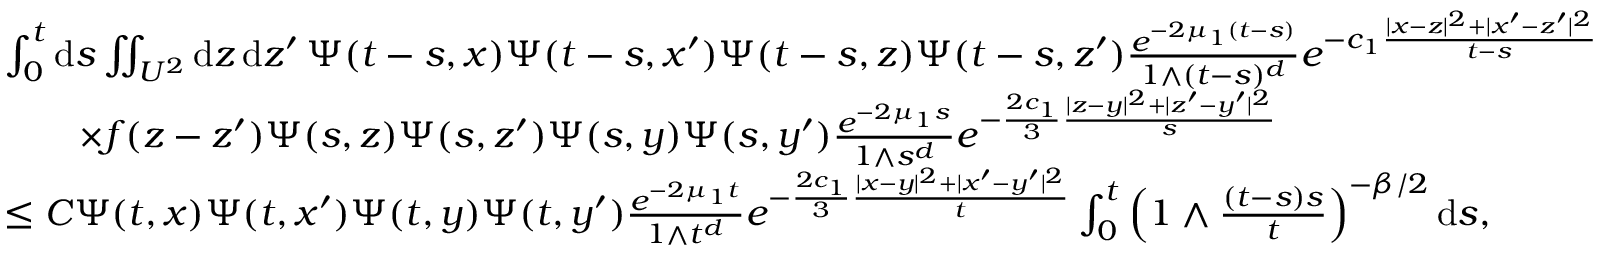
\begin{array} { r l } & { \int _ { 0 } ^ { t } \ensuremath { \mathrm { d } } s \iint _ { U ^ { 2 } } \ensuremath { \mathrm { d } } z \, \ensuremath { \mathrm { d } } z ^ { \prime } \, \Psi ( t - s , x ) \Psi ( t - s , x ^ { \prime } ) \Psi ( t - s , z ) \Psi ( t - s , z ^ { \prime } ) \frac { e ^ { - 2 \mu _ { 1 } ( t - s ) } } { 1 \wedge ( t - s ) ^ { d } } e ^ { - c _ { 1 } \frac { | x - z | ^ { 2 } + | x ^ { \prime } - z ^ { \prime } | ^ { 2 } } { t - s } } } \\ & { \qquad \times f ( z - z ^ { \prime } ) \Psi ( s , z ) \Psi ( s , z ^ { \prime } ) \Psi ( s , y ) \Psi ( s , y ^ { \prime } ) \frac { e ^ { - 2 \mu _ { 1 } s } } { 1 \wedge s ^ { d } } e ^ { - \frac { 2 c _ { 1 } } { 3 } \frac { | z - y | ^ { 2 } + | z ^ { \prime } - y ^ { \prime } | ^ { 2 } } { s } } } \\ & { \le C \Psi ( t , x ) \Psi ( t , x ^ { \prime } ) \Psi ( t , y ) \Psi ( t , y ^ { \prime } ) \frac { e ^ { - 2 \mu _ { 1 } t } } { 1 \wedge t ^ { d } } e ^ { - \frac { 2 c _ { 1 } } { 3 } \frac { | x - y | ^ { 2 } + | x ^ { \prime } - y ^ { \prime } | ^ { 2 } } { t } } \int _ { 0 } ^ { t } \left( 1 \wedge \frac { ( t - s ) s } { t } \right) ^ { - \beta / 2 } \ensuremath { \mathrm { d } } s , } \end{array}